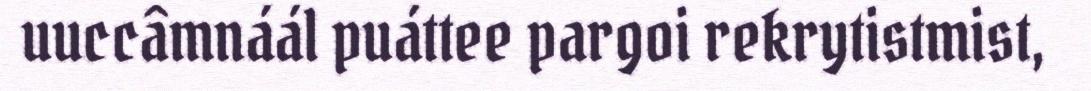
uuccâmnáál puáttee pargoi rekrytistmist,